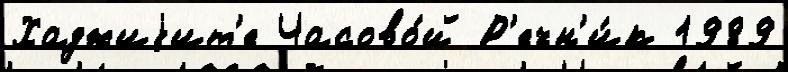
Хаджиjит'е Часово́й Р'ечн'и́к 1989